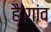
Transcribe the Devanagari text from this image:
है।गांव